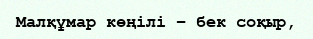
Малқұмар көңілі – бек соқыр,